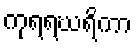
ကုရရဃရိကာ